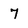
Character: 7